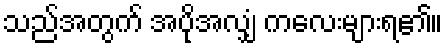
သည်အတွက် အပိုအလျှံ ကလေးများရ၏။